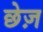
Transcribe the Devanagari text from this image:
छेज़